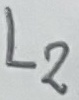
Text: L2